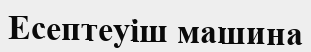
Есептеуіш машина